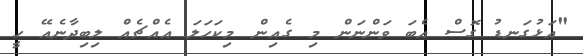
"އަޅުގަނޑު ގޮސް އެބަ ވަންނަން މި ގެއިން މިކަހަލަ އެއްޗެއް ލިބިދާނެއޭ ހީ